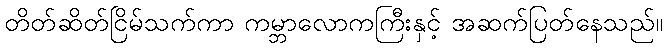
တိတ်ဆိတ်ငြိမ်သက်ကာ ကမ္ဘာလောကကြီးနှင့် အဆက်ပြတ်နေသည်။